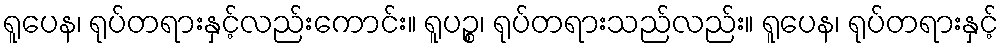
ရူပေန၊ ရုပ်တရားနှင့်လည်းကောင်း။ ရူပဉ္စ၊ ရုပ်တရားသည်လည်း။ ရူပေန၊ ရုပ်တရားနှင့်